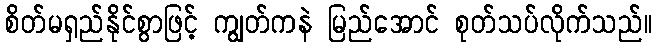
စိတ်မရှည်နိုင်စွာဖြင့် ကျွတ်ကနဲ မြည်အောင် စုတ်သပ်လိုက်သည်။